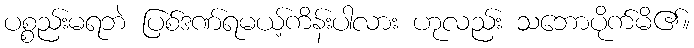
ပစ္စည်းမရဘဲ ပြစ်ဒဏ်ရမယ့်ကိန်းပါလား ဟုလည်း သဘောပိုက်မိ၏။